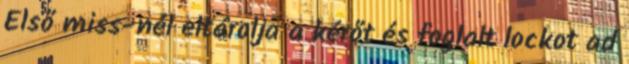
Első miss-nél eltárolja a kérőt és foglalt lockot ad